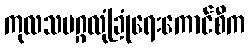
ကုလသမဂ္ဂလုံခြုံရေးကောင်စီက